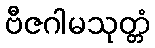
ဗီဇဂါမသုတ္တံ